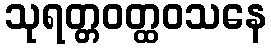
သုရတ္တဝတ္ထဝသနေ